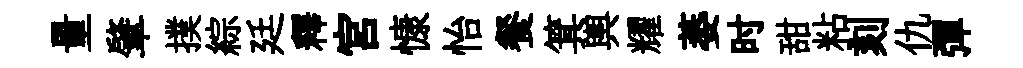
量肇撲綜廷釋宫慷怡餐箕輿耀萎时甜粘刻仇彈